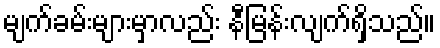
မျက်ခမ်းများမှာလည်း နီမြန်းလျက်ရှိသည်။